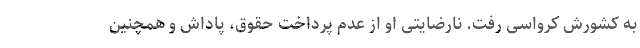
به کشورش کرواسی رفت. نارضایتی او از عدم پرداخت حقوق، پاداش و همچنین